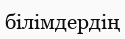
білімдердің